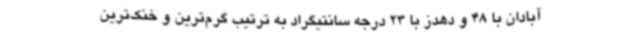
آبادان با 48 و دهدز با 23 درجه سانتیگراد به ترتیب گرم‌ترین و خنک‌ترین